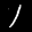
Label: 1